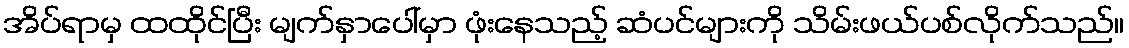
အိပ်ရာမှ ထထိုင်ပြီး မျက်နှာပေါ်မှာ ဖုံးနေသည့် ဆံပင်များကို သိမ်းဖယ်ပစ်လိုက်သည်။